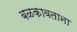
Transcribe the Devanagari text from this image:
बळकावताना